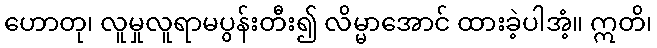
ဟောတု၊ လူမှုလူရာမပွန်းတီး၍ လိမ္မာအောင် ထားခဲ့ပါအံ့။ ဣတိ၊